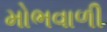
મોભવાળી